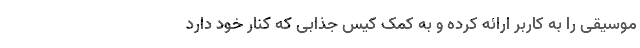
موسیقی را به کاربر ارائه کرده و به کمک کیس جذابی که کنار خود دارد